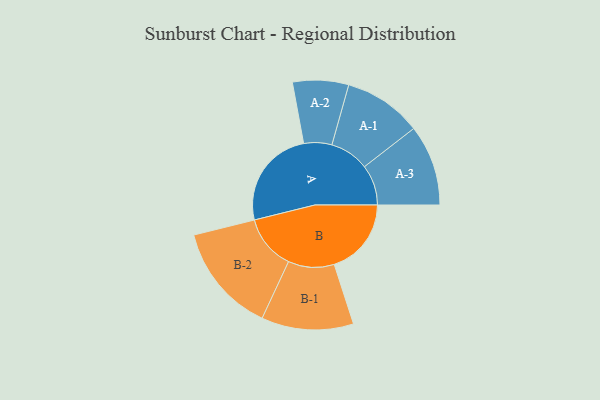
{"axis": {"x": "Segment", "y": "Value"}, "legend": ["", "A", "B"], "data": [{"x": "A", "y": 450, "type": ""}, {"x": "B", "y": 347, "type": ""}, {"x": "A-1", "y": 176, "type": "A"}, {"x": "A-2", "y": 126, "type": "A"}, {"x": "A-3", "y": 182, "type": "A"}, {"x": "B-1", "y": 207, "type": "B"}, {"x": "B-2", "y": 246, "type": "B"}]}